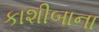
કાશીબાના